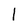
Character: 1